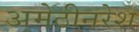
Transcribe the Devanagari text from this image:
अमेठीनरेश